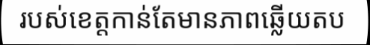
របស់ខេត្តកាន់តែមានភាពឆ្លើយតប